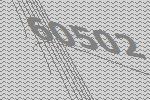
60502